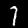
Label: 7